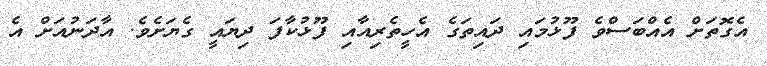
އެގޮތަށް އެއްބަސްވެ ފޫޅުމައި ދައިތަގެ އެހީތެރިއާއި ފޫޅުކާފަ ދިޔައީ ގެޔަށެވެ. އާދަނުއަށް އެ